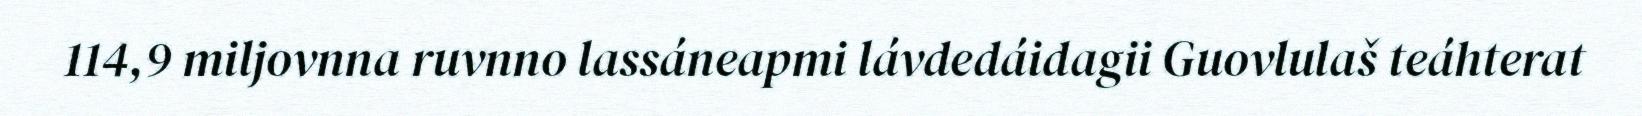
114,9 miljovnna ruvnno lassáneapmi lávdedáidagii Guovlulaš teáhterat